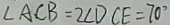
\angle A C B = 2 \angle D C E = 7 0 ^ { \circ }